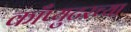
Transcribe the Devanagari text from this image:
काँप्युटरच्या